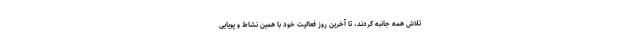
تلاش همه جانبه کردند، تا آخرین روز فعالیت خود با همین نشاط و پویایی